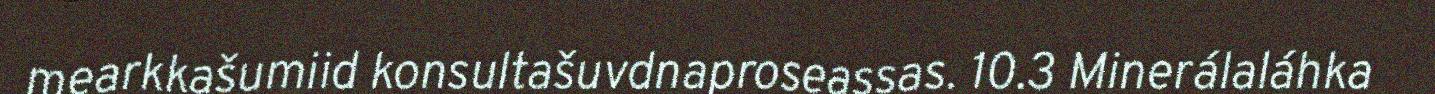
mearkkašumiid konsultašuvdnaproseassas. 10.3 Minerálaláhka